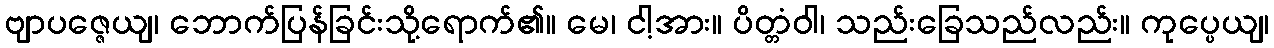
ဗျာပဇ္ဇေယျ၊ ဘောက်ပြန်ခြင်းသို့ရောက်၏။ မေ၊ ငါ့အား။ ပိတ္တံဝါ၊ သည်းခြေသည်လည်း။ ကုပ္ပေယျ၊